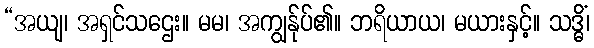
“အယျ၊ အရှင်သဌေး။ မမ၊ အကျွန်ုပ်၏။ ဘရိယာယ၊ မယားနှင့်။ သဒ္ဓိံ၊